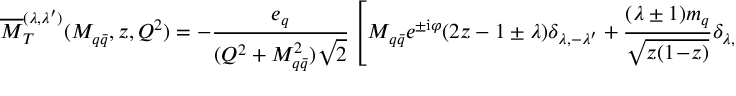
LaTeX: { \overline { { { \cal M } } } } _ { T } ^ { ( { \lambda } , { \lambda } ^ { \prime } ) } ( { M } _ { q { \bar { q } } } , z , Q ^ { 2 } ) = - \frac { { e } _ { q } } { ( Q ^ { 2 } + M _ { q { \bar { q } } } ^ { 2 } ) \sqrt { 2 } } \left[ M _ { q { \bar { q } } } e ^ { \pm \mathrm { i } \varphi } ( 2 z - 1 \pm { \lambda } ) { \delta } _ { \lambda , - { \lambda } ^ { \prime } } + \frac { ( \lambda \pm 1 ) m _ { q } } { \sqrt { z ( 1 \! - \! z ) } } { \delta } _ { \lambda , \lambda ^ { \prime } } \right] \ ,